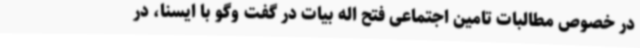
در خصوص مطالبات تامین اجتماعی فتح اله بیات در گفت وگو با ایسنا، در